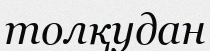
толқудан